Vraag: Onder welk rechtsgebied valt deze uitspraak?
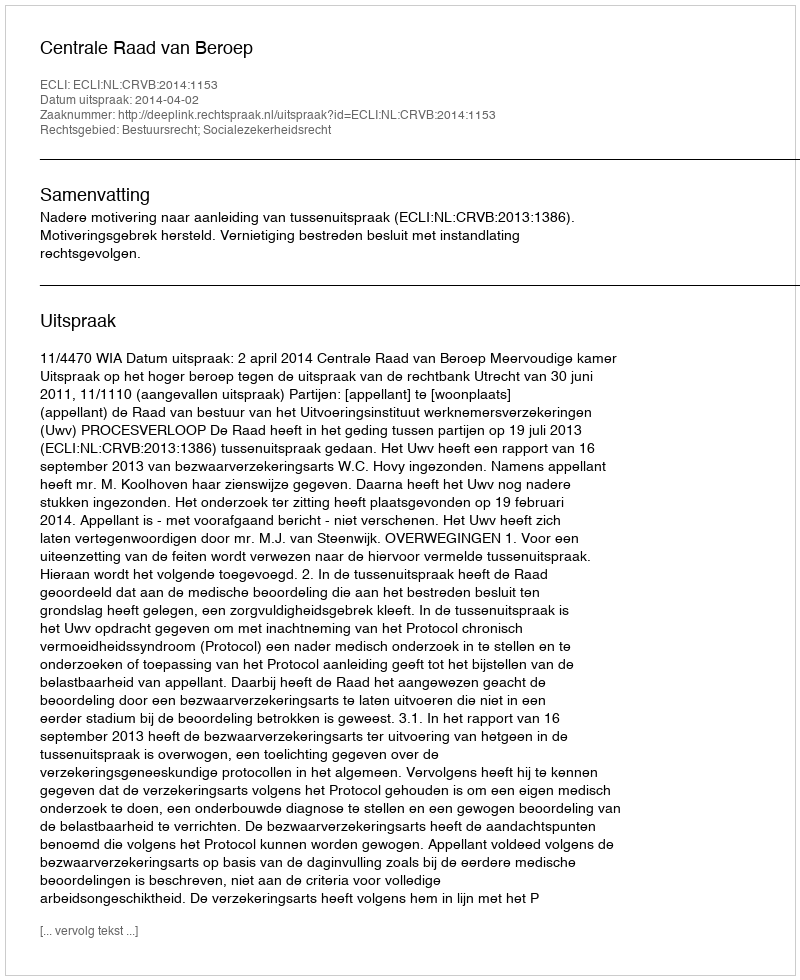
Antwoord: Bestuursrecht; Socialezekerheidsrecht